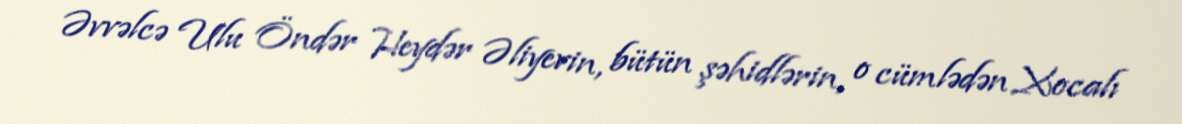
Əvvəlcə Ulu Öndər Heydər Əliyevin, bütün şəhidlərin, o cümlədən Xocalı